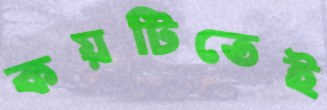
কয়টিতেই